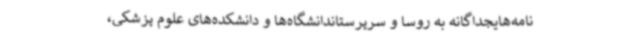
نامه‌هایجداگانه به روسا و سرپرستاندانشگاه‌ها و دانشکده‌های علوم پزشکی،